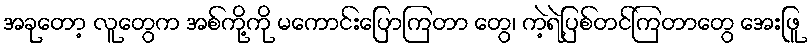
အခုတော့ လူတွေက အစ်ကို့ကို မကောင်းပြောကြတာ တွေ၊ ကဲ့ရဲ့ပြစ်တင်ကြတာတွေ အေးဖြူ